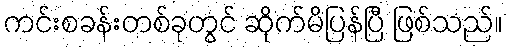
ကင်းစခန်းတစ်ခုတွင် ဆိုက်မိပြန်ပြီ ဖြစ်သည်။